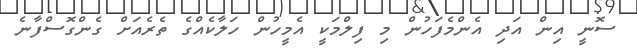
ސޮނީ އިން އަދި އެންމެފަހުން މި ފިލްމަކީ އެމީހުން ހަލާކެއްގެ ތެރެއަށް ގެންގޮސްފާނެ